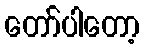
တော်ပါတော့